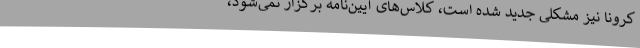
کرونا نیز مشکلی جدید شده است، کلاس‌های آیین‌نامه برگزار نمی‌شود،